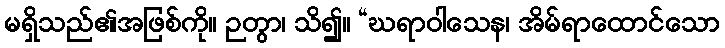
မရှိသည်၏အဖြစ်ကို။ ဉတွာ၊ သိ၍။ “ဃရာဝါသေန၊ အိမ်ရာထောင်သော